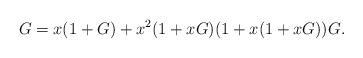
LaTeX: \begin{align*}G = x(1+G) +x^2(1+xG)(1 + x(1+xG))G. \end{align*}